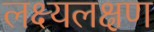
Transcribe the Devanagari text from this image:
लक्ष्यलक्षण